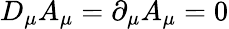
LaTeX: D_{\mu}A_{\mu}=\partial_{\mu}A_{\mu}=0